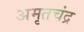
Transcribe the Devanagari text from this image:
अमृतचंद्र